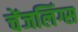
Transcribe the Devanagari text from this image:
चेंजलिंग्स